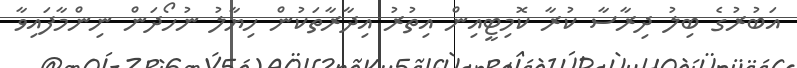
އަބުރުގެ ބިލު ދިރާސާ ކުރާ ކޮމިޓީއިން އިތުރު އިދާރާތަކުން ހިޔާލު ނުހޯދަން ނިންމާފައިވާ